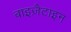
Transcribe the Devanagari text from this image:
बाइज़ैटाइन